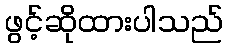
ဖွင့်ဆိုထားပါသည်